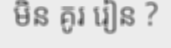
មិន គូរ រៀន ?